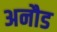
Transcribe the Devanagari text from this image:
अनौड